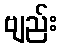
ဗျည်း